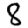
Digit: 8